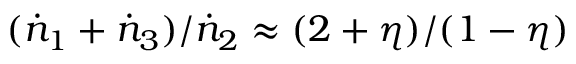
( \dot { n } _ { 1 } + \dot { n } _ { 3 } ) / \dot { n } _ { 2 } \approx ( 2 + \eta ) / ( 1 - \eta )